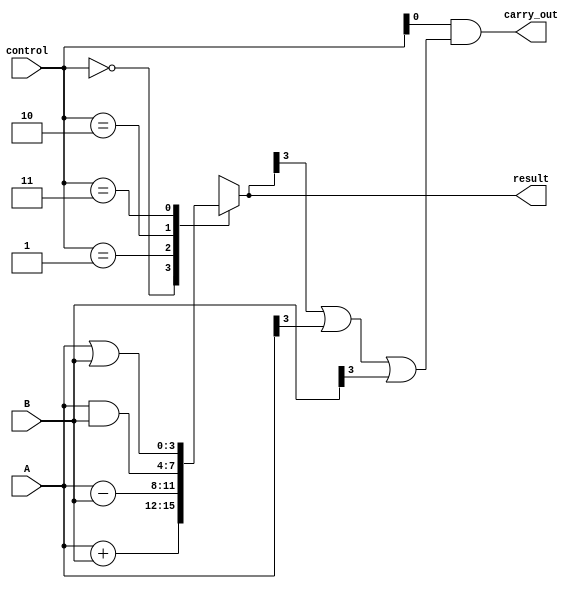
module ALU(
    input [3:0] A,
    input [3:0] B,
    input [1:0] control,
    output reg [3:0] result,
    output reg carry_out
);

always @(*) begin
    case(control)
        2'b00: result = A + B; // ADD operation
        2'b01: result = A - B; // SUB operation
        2'b10: result = A & B; // AND operation
        2'b11: result = A | B; // OR operation
    endcase
end

assign carry_out = (control[0] == 1 && (result[3] || A[3] || B[3])); // Carry-out signal for ADD operation

endmodule